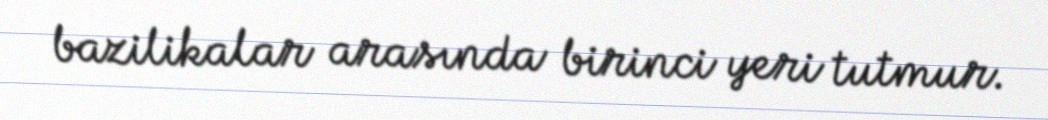
bazilikalar arasında birinci yeri tutmur.